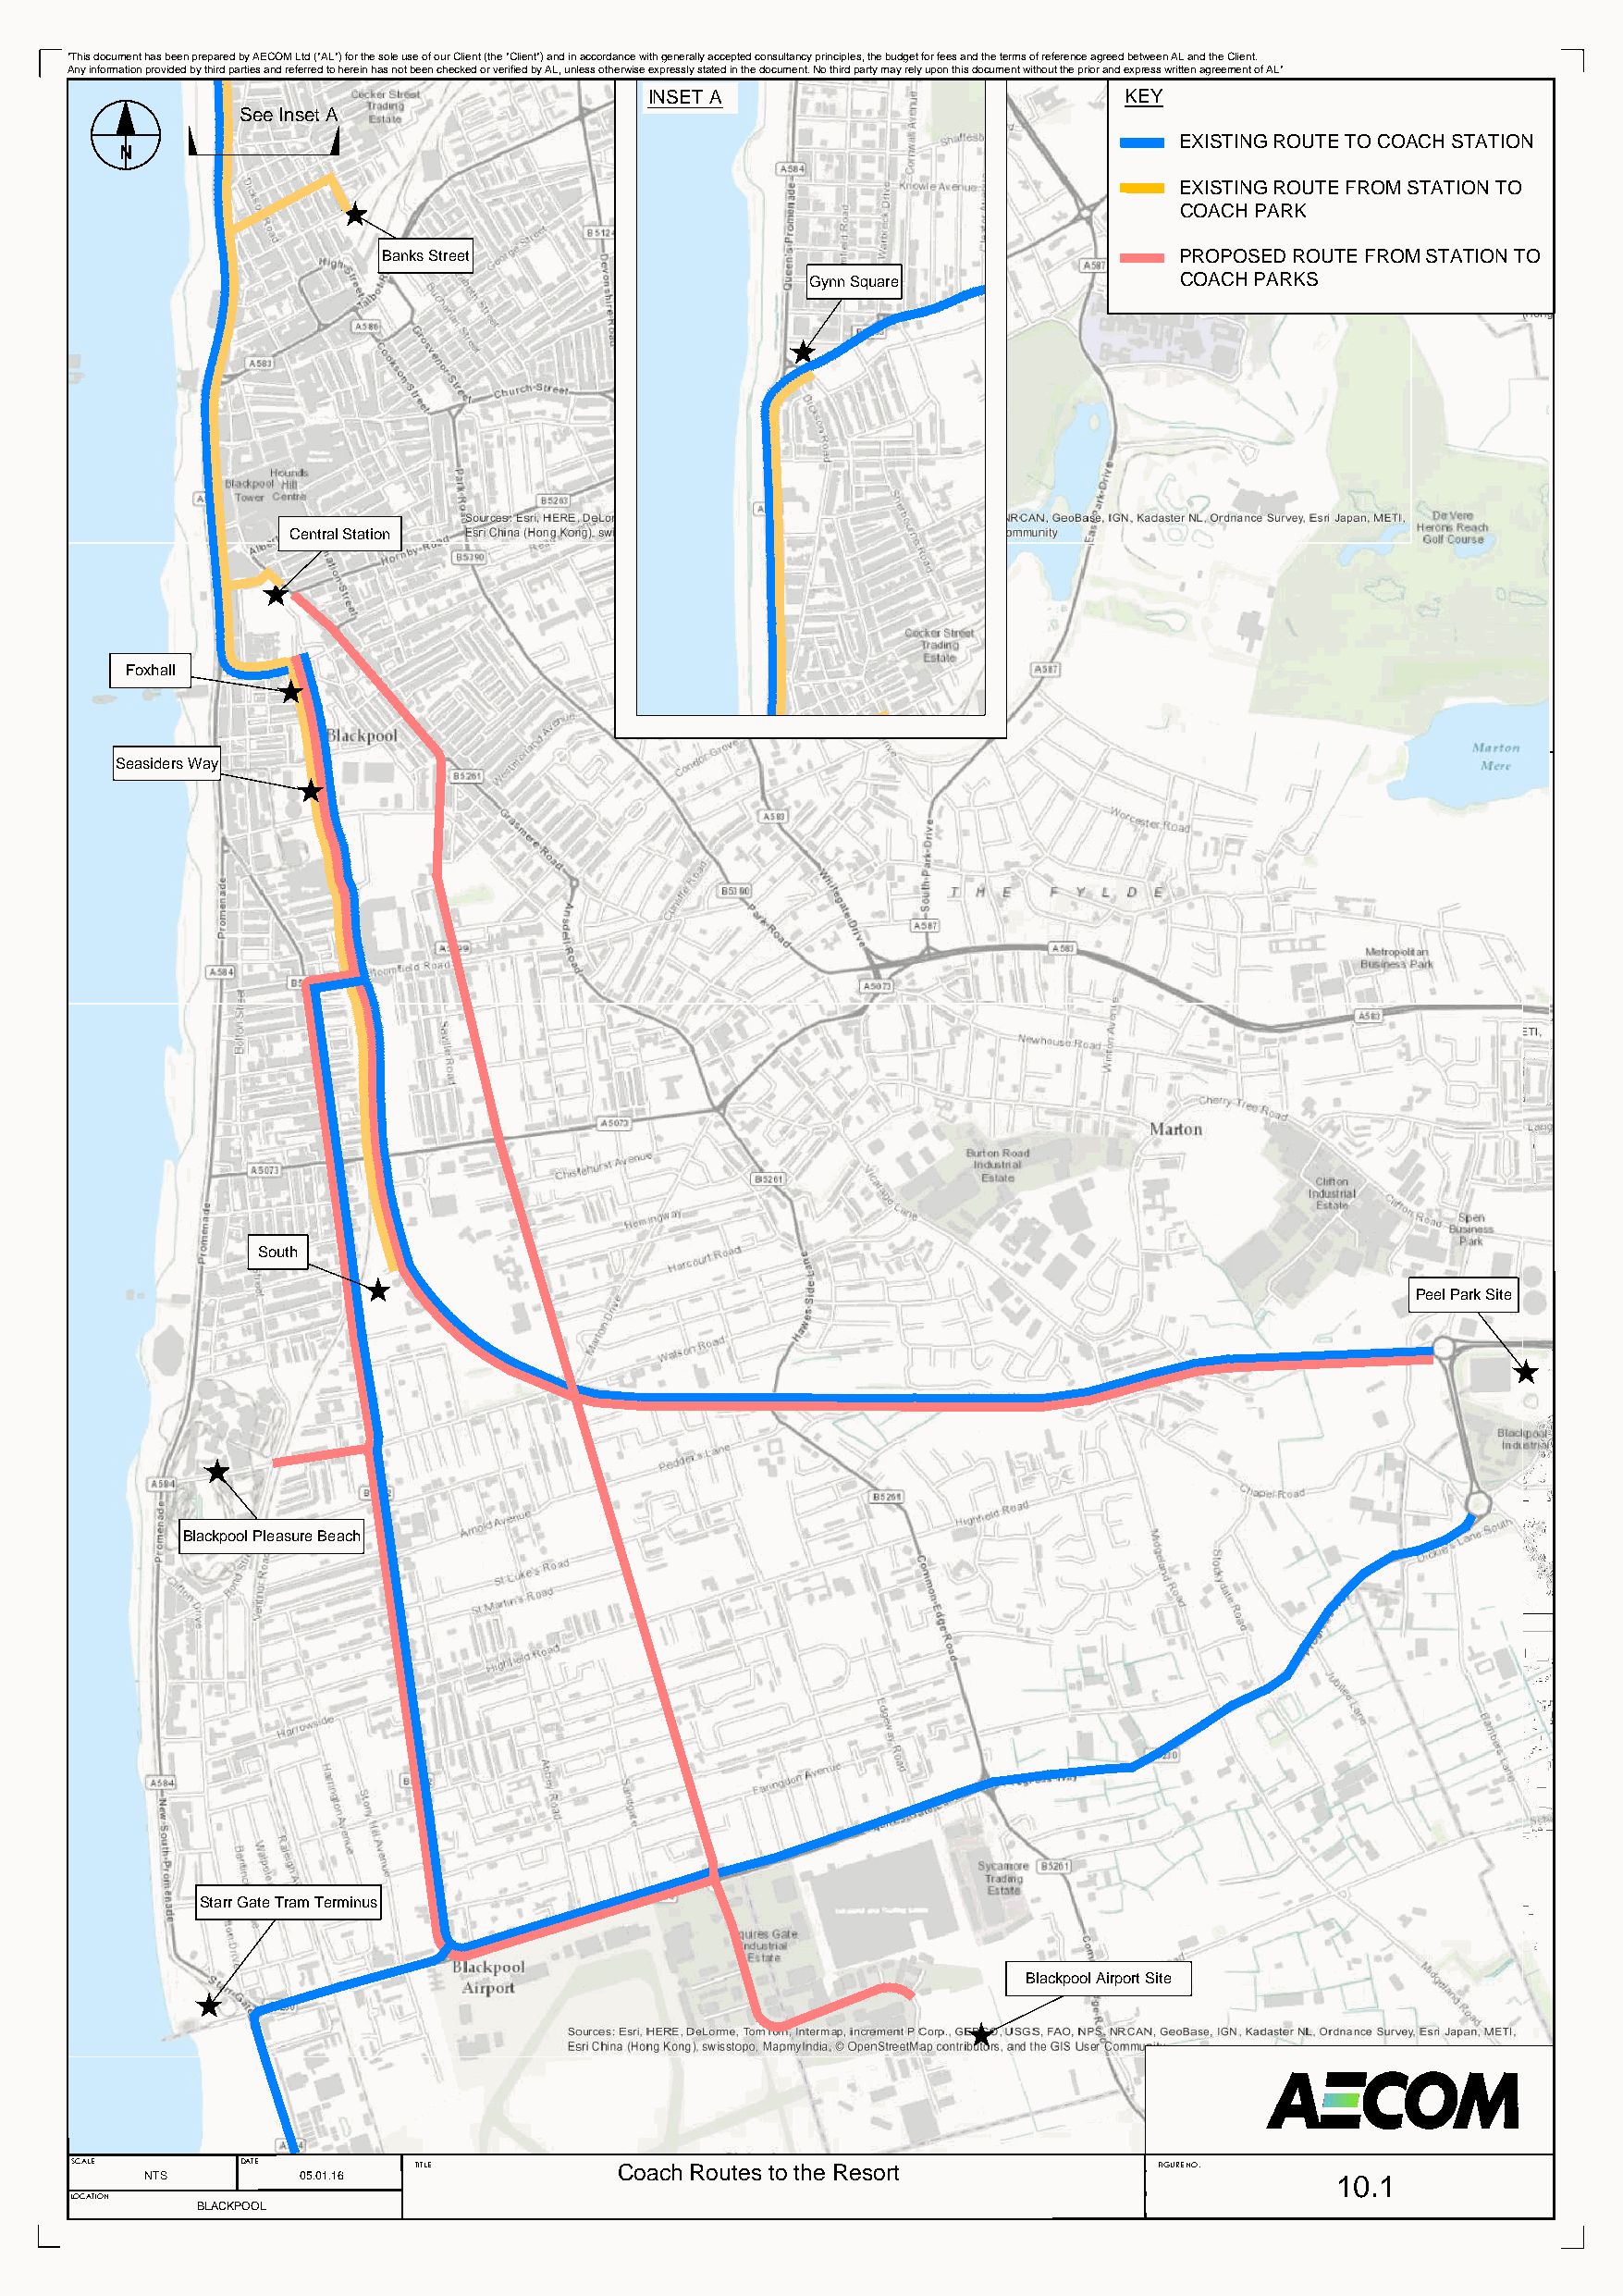
"This document has been prepared by AECOM Ltd ("AL") for the sole use of our Client (the "Client") and in accordance with generally accepted consultancy principles, the budget for fees and the terms of reference agreed between AL and the Client.
 Any information provided by third parties and referred to herein has not been checked or verified by AL, unless otherwise expressly stated in the document. No third party may rely upon this document without the prior and express written agreement of AL"
 INSET A                           KEY
 See Inset A
 EXISTING ROUTE TO COACH STATION
 N
 EXISTING ROUTE FROM STATION TO
 COACH PARK
 Banks Street                                             PROPOSED ROUTE FROM STATION TO
 Gynn Square               COACH PARKS
 Central Station
 Foxhall
 Seasiders Way
 South
 Peel Park Site
 Blackpool Pleasure Beach
 Starr Gate Tram Terminus
 Blackpool Airport Site
 SCALE       DATE         TITLE         Coach Routes to the Resort             FIGURE NO.
 NTS        05.01.16                                                                   10.1
 LOCATION
 BLACKPOOL